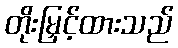
တိုးမြှင့်ထားသည်